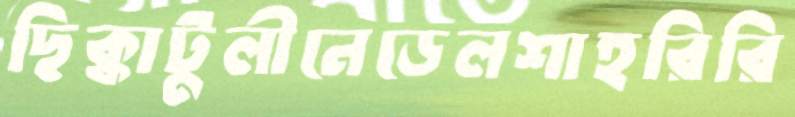
ছিক্কাটুলীনেডেলশাহরিরি